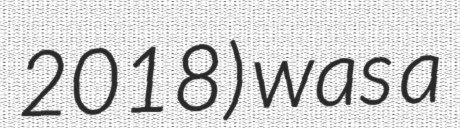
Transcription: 2018) was a